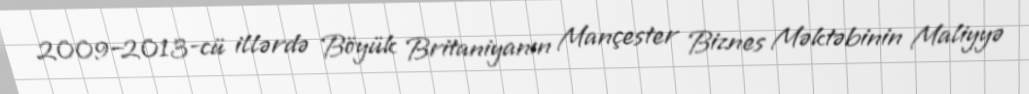
2009–2013-cü illərdə Böyük Britaniyanın Mançester Biznes Məktəbinin Maliyyə